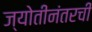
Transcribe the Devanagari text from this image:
ज्योतीनंतरची